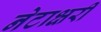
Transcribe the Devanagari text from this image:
नेटाक्षरी